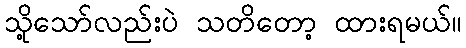
သို့သော်လည်းပဲ သတိတော့ ထားရမယ်။